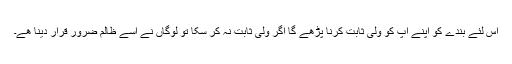
اس لئے بندے کو اپنے آپ کو ولی ثابت کرنا پڑھے گا اگر ولی ثابت نہ کر سکا تو لوگاں نے اسے ظالم ضرور قرار دینا ھے۔